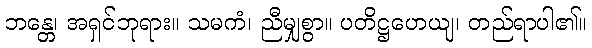
ဘန္တေ၊ အရှင်ဘုရား။ သမကံ၊ ညီမျှစွာ။ ပတိဋ္ဌဟေယျ၊ တည်ရာပါ၏။